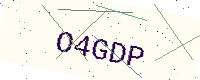
Text: O4GDP